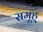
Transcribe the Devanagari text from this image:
समूह्